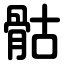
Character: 骷